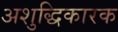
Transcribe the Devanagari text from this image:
अशुद्धिकारक